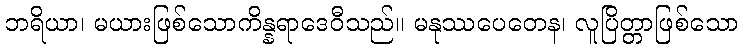
ဘရိယာ၊ မယားဖြစ်သောကိန္နရာဒေဝီသည်။ မနုဿပေတေန၊ လူပြိတ္တာဖြစ်သော